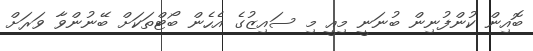
ބޮއިން ކުންފުނިން ބުނަނީ މިއީ މި ސައިޒުގެ އެހެން ބޯޓްތަކަށް ބޭނުންވާ ވަރަށް